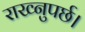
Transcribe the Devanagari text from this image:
राख्नुपर्छ।